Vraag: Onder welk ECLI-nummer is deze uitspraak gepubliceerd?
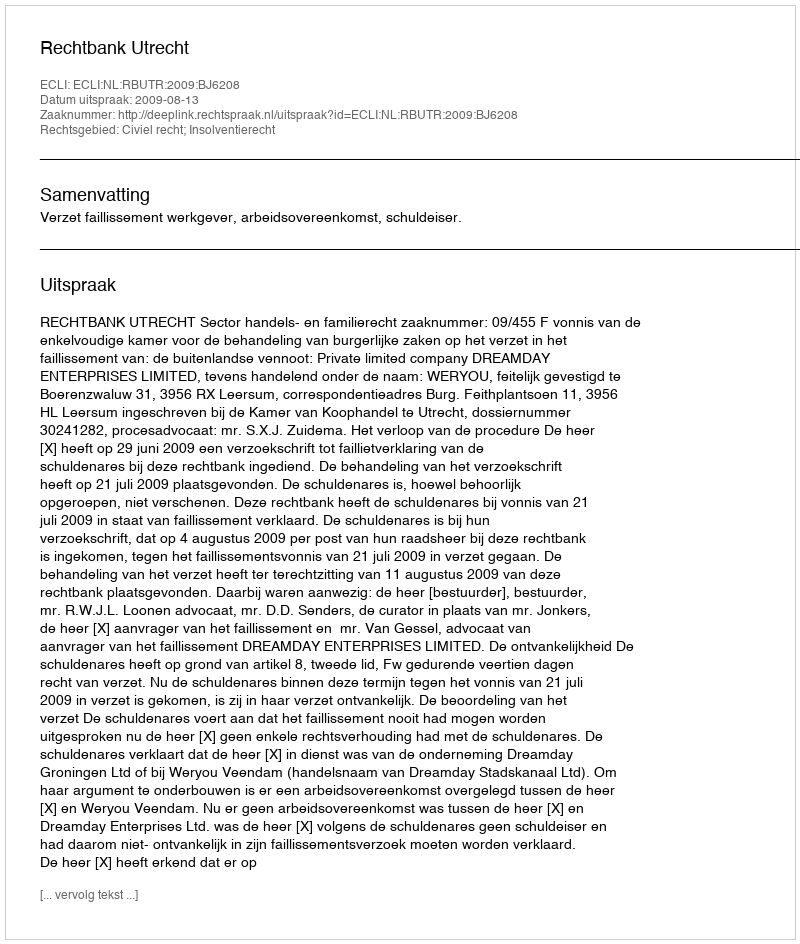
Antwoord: ECLI:NL:RBUTR:2009:BJ6208